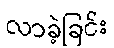
လာခဲ့ခြင်း